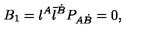
B _ { 1 } = { \l } ^ { A } { \bar { \l } } ^ { \dot { B } } P _ { A \dot { B } } = 0 ,